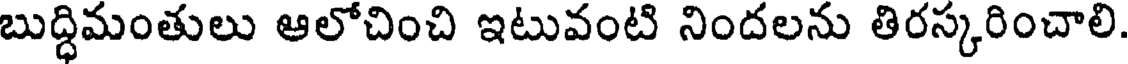
బుద్ధిమంతులు ఆలోచించి ఇటువంటి నిందలను తిరస్కరించాలి.